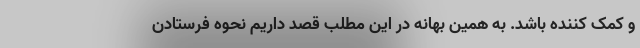
و کمک کننده باشد. به همین بهانه در این مطلب قصد داریم نحوه فرستادن